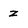
Character: z